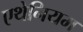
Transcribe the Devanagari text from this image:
एथेनियम